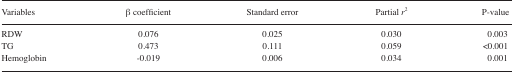
| Variables | β coefficient | Standard error | Partial r2 | P-value |
 | --- | --- | --- | --- | --- |
 | RDW | 0.076 | 0.025 | 0.030 | 0.003 |
 | TG | 0.473 | 0.111 | 0.059 | <0.001 |
 | Hemoglobin | −0.019 | 0.006 | 0.034 | 0.001 |